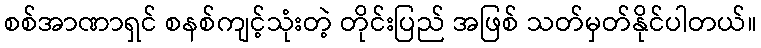
စစ်အာဏာရှင် စနစ်ကျင့်သုံးတဲ့ တိုင်းပြည် အဖြစ် သတ်မှတ်နိုင်ပါတယ်။